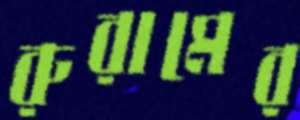
রুরামের